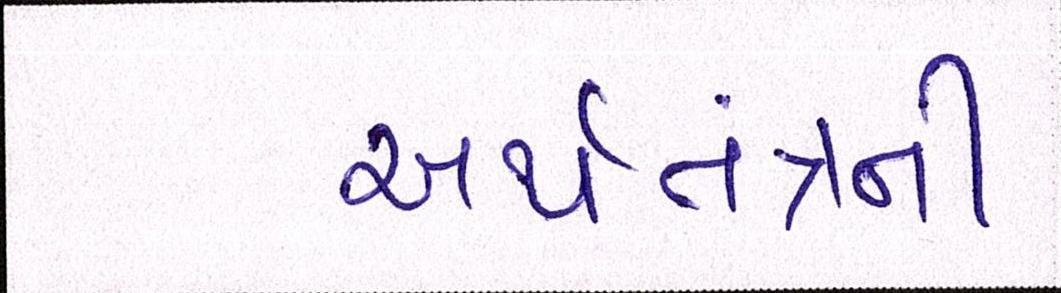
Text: અર્થતંત્રની